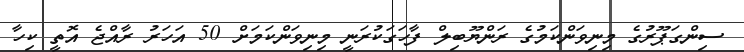
ސިންގަޕޫރުގެ މިނިވަންކަމުގެ ރަންޔޫބިލް ފާހަގަކުރަނީ މިނިވަންކަމަށް 50 އަހަރު ރާއްޖެ އޮތީ ކިހާ